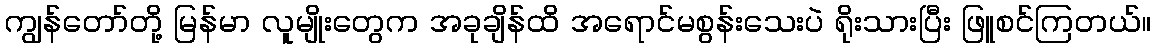
ကျွန်တော်တို့ မြန်မာ လူမျိုးတွေက အခုချိန်ထိ အရောင်မစွန်းသေးပဲ ရိုးသားပြီး ဖြူစင်ကြတယ်။